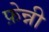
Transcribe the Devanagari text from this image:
फ़ेन्नी